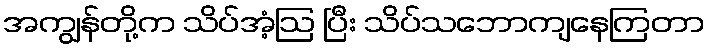
အကျွန်တို့က သိပ်အံ့ဩ ပြီး သိပ်သဘောကျနေကြတာ